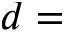
d =